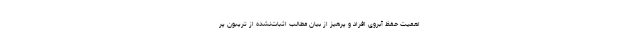
اهمیت حفظ آبروی افراد و پرهیز از بیان مطالب اثبات‌نشده از تریبون پر